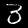
Digit: 3